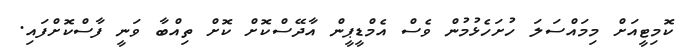
ކޮމިޓީއަށް މިމައްސަލަ ހުށަހެޅުމުން ވެސް އެމްޑީޕީން އާދޭސްކޮށް ކޮށް ތިއްބާ ވަނީ ފާސްކޮށްފައި.